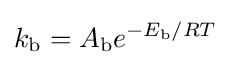
k_{\text{b}}=A_{\text{b}}e^{-E_{\text{b}}/RT}